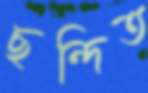
ছন্দিত